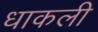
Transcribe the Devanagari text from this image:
धाकली